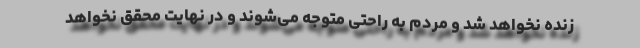
زنده نخواهد شد و مردم به راحتی متوجه می‌شوند و در نهایت محقق نخواهد